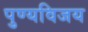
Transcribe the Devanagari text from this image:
पुण्यविजय